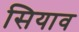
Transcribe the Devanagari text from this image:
सियाव